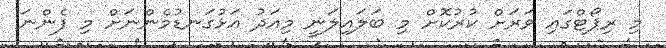
މި ރިޕޯޓްގައި ވަރަށް ކުރުކޮށް މި ބަލައިލަނީ މިއަދު އަޅުގަނޑުމެންނަށް މި ފެންނަ